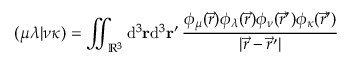
( \mu \lambda \vert \nu \kappa ) = \iint _ { \mathbb { R } ^ { 3 } } \mathrm { d } ^ { 3 } \ensuremath \mathbf { r } \mathrm { d } ^ { 3 } \ensuremath \mathbf { r } ^ { \prime } \, \frac { \phi _ { \mu } ( \vec { r } ) \phi _ { \lambda } ( \vec { r } ) \phi _ { \nu } ( \vec { r } ^ { \prime } ) \phi _ { \kappa } ( \vec { r } ^ { \prime } ) } { \vert \vec { r } - \vec { r } ^ { \prime } \vert }